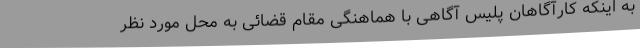
به اینکه کارآگاهان پلیس آگاهی با هماهنگی مقام قضائی به محل مورد نظر